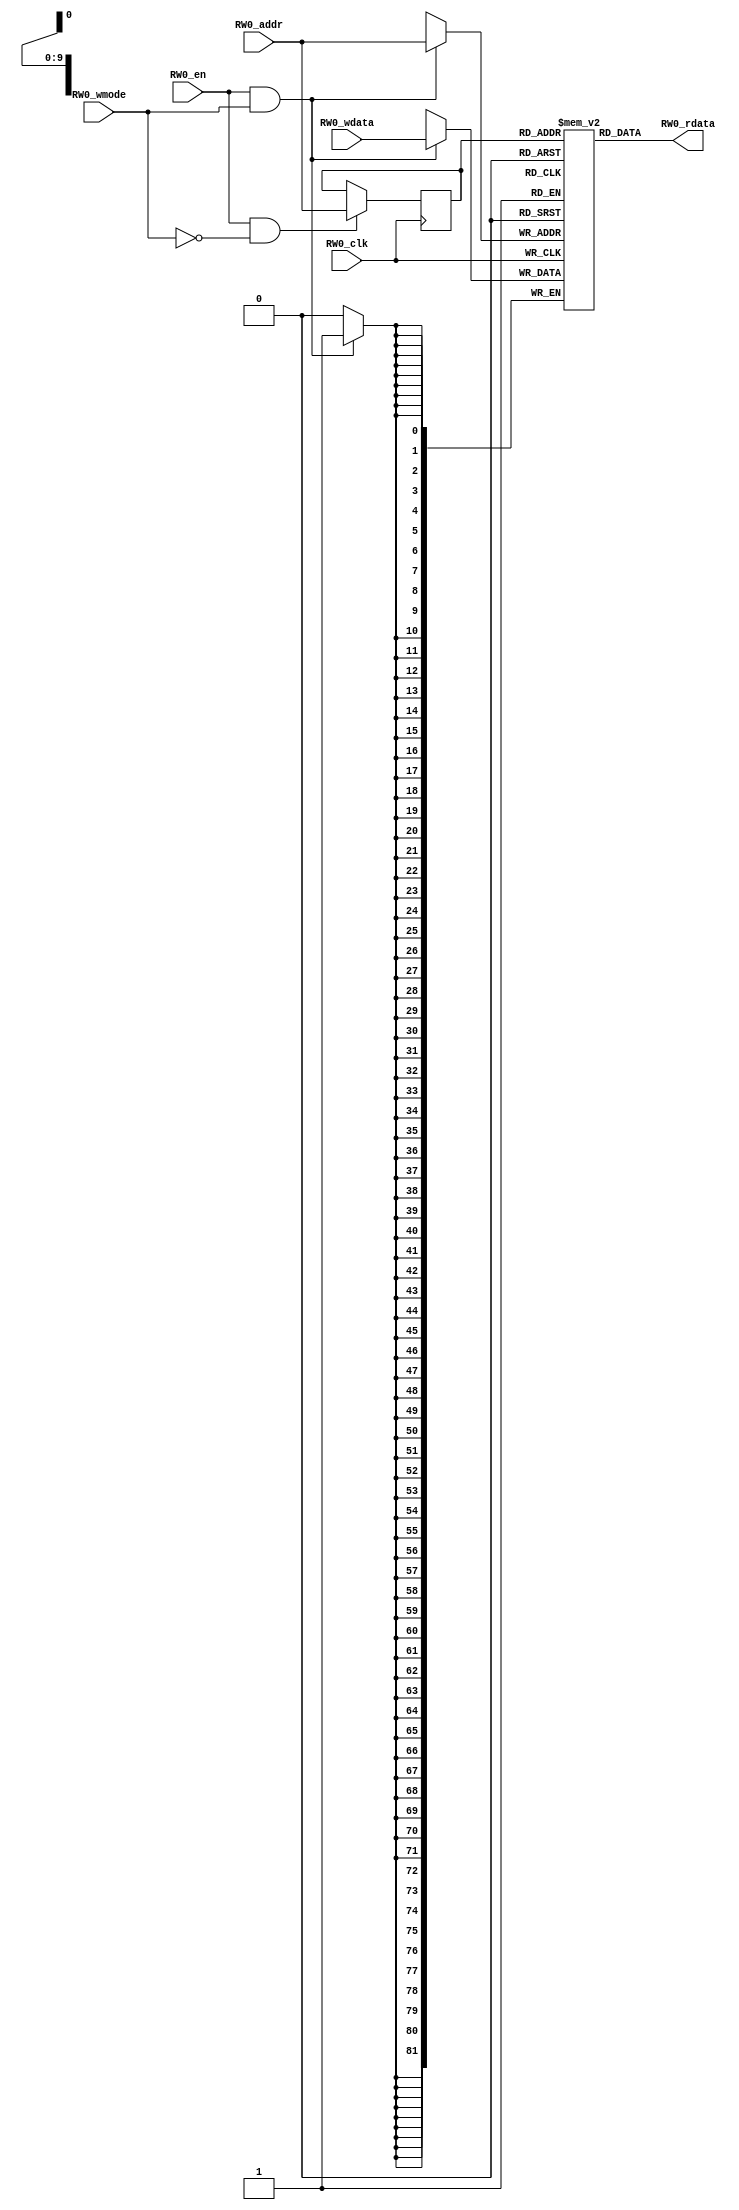
// name:array_2_ext depth:1024 width:82 masked:false maskGran:82 maskSeg:1
module array_2_ext(
  input RW0_clk,
  input [9:0] RW0_addr,
  input RW0_en,
  input RW0_wmode,
  input [81:0] RW0_wdata,
  output [81:0] RW0_rdata
);


  reg reg_RW0_ren;
  reg [9:0] reg_RW0_addr;
  reg [81:0] ram [1023:0];
  `ifdef RANDOMIZE_MEM_INIT
    integer initvar;
    initial begin
      #`RANDOMIZE_DELAY begin end
      for (initvar = 0; initvar < 1024; initvar = initvar+1)
        ram[initvar] = {3 {$random}};
      reg_RW0_addr = {1 {$random}};
    end
  `endif
  always @(posedge RW0_clk)
    reg_RW0_ren <= RW0_en && !RW0_wmode;
  always @(posedge RW0_clk)
    if (RW0_en && !RW0_wmode) reg_RW0_addr <= RW0_addr;
  always @(posedge RW0_clk)
    if (RW0_en && RW0_wmode) begin
      ram[RW0_addr][81:0] <= RW0_wdata[81:0];
    end
  `ifdef RANDOMIZE_GARBAGE_ASSIGN
  reg [95:0] RW0_random;
  `ifdef RANDOMIZE_MEM_INIT
    initial begin
      #`RANDOMIZE_DELAY begin end
      RW0_random = {$random, $random, $random};
      reg_RW0_ren = RW0_random[0];
    end
  `endif
  always @(posedge RW0_clk) RW0_random <= {$random, $random, $random};
  assign RW0_rdata = reg_RW0_ren ? ram[reg_RW0_addr] : RW0_random[81:0];
  `else
  assign RW0_rdata = ram[reg_RW0_addr];
  `endif

endmodule